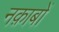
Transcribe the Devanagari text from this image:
नक़ाबों